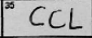
Transcription: CCL